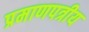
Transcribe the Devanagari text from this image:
प्रमाणपत्रीय